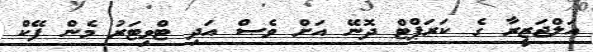
އަލްޖަޒީރާ ގެ ކަރަޕްޓް ދޮނޭ އަށް ވެސް އަދި ޓްވިޓަރު މެން ފޭކް